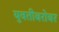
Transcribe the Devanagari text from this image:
युवतीबरोबर